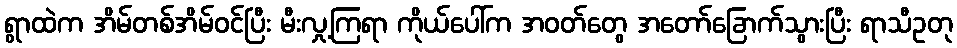
ရွာထဲက အိမ်တစ်အိမ်ဝင်ပြီး မီးလှု့ကြရာ ကိုယ်ပေါ်က အဝတ်တွေ အတော်ခြောက်သွားပြီး ရာသီဥတု